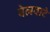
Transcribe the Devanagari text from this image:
बेलवाटे